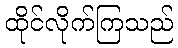
ထိုင်လိုက်ကြသည်